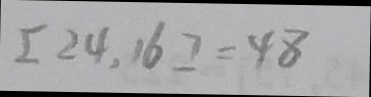
[ 2 4 , 1 6 ] = 4 8